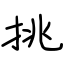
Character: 挑